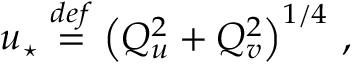
u _ { \star } \ensuremath { \stackrel { \r { d e f } } { = } } \left( Q _ { u } ^ { 2 } + Q _ { v } ^ { 2 } \right) ^ { 1 / 4 } \, ,